Indian journal of veterinary science and animal husbandry - Volume 8,
Year: 1938
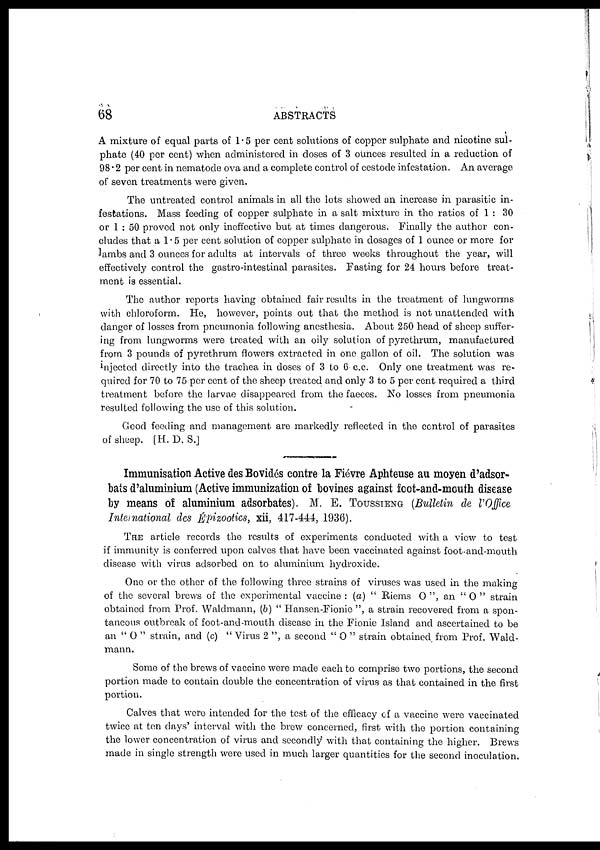
68
ABSTRACTS
A mixture of equal parts of 1.5 per cent solutions of copper sulphate and nicotine sul-
phate (40 per cent) when administered in doses of 3 ounces resulted in a reduction of
98.2 per cent in nematode ova and a complete control of cestode infestation. An average
of seven treatments were given.
The untreated control animals in all the lots showed an increase in parasitic in-
festations. Mass feeding of copper sulphate in a salt mixture in the ratios of 1 : 30
or 1 : 50 proved not only ineffective but at times dangerous. Finally the author con-
cludes that a 1.5 per cent solution of copper sulphate in dosages of 1 ounce or more for
lambs and 3 ounces for adults at intervals of three weeks throughout the year, will
effectively control the gastro-intestinal parasites. Fasting for 24 hours before treat-
ment is essential.
The author reports having obtained fair results in the treatment of lungworms
with chloroform. He, however, points out that the method is not unattended with
danger of losses from pneumonia following anesthesia. About 250 head of sheep suffer-
ing from lungworms were treated with an oily solution of pyrethrum, manufactured
from 3 pounds of pyrethrum flowers extracted in one gallon of oil. The solution was
injected directly into the trachea in doses of 3 to 6 c.c. Only one treatment was re-
quired for 70 to 75 per cent of the sheep treated and only 3 to 5 per cent required a third
treatment before the larvae disappeared from the faeces. No losses from pneumonia
resulted following the use of this solution.
Good feeding and management are markedly reflected in the control of parasites
of sheep. [H. D. S.]
Immunisation Active des Bovidés contre la Fiévre Aphteuse au moyen d'adsor¬
bats d'aluminium (Active immunization of bovines against foot-and-mouth disease
by means of aluminium adsorbates). M. E. TOUSSIENG (Bulletin de l ' Of f i ce
International des Épizootics, xii, 417-444, 1936).
THE article records the results of experiments conducted with a view to test
if immunity is conferred upon calves that have been vaccinated against foot-and-mouth
disease with virus adsorbed on to aluminium, hydroxide.
One or the other of the following three strains of viruses was used in the making
of the several brews of the experimental vaccine : (a) " Riems O ", an " O " strain
obtained from Prof. Waldmann, (b) " Hansen-Fionie ", a strain recovered from a spon-
taneous outbreak of foot-and-mouth disease in the Fionie Island and ascertained to be
an " O " strain, and (c) " Virus 2 ", a second " O " strain obtained from Prof. Wald-
mann.
Some of the brews of vaccine were made each to comprise two portions, the second
portion made to contain double the concentration of virus as that contained in the first
portion.
Calves that were intended for the test of the efficacy of a vaccine were vaccinated
twice at ten days' interval with the brew concerned, first with the portion containing
the lower concentration of virus and secondly with that containing the higher. Brews
made in single strength were used in much larger quantities for the second inoculation.